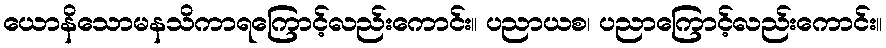
ယောနိသောမနသိကာရကြောင့်လည်းကောင်း။ ပညာယစ၊ ပညာကြောင့်လည်းကောင်း။